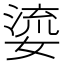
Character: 𭒐